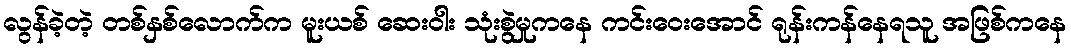
လွန်ခဲ့တဲ့ တစ်နှစ်လောက်က မူးယစ် ဆေးဝါး သုံးစွဲမှုကနေ ကင်းဝေးအောင် ရုန်းကန်နေရသူ အဖြစ်ကနေ